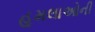
હૂમલાઓની